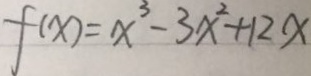
f ( x ) = x ^ { 3 } - 3 x ^ { 2 } + 1 2 x